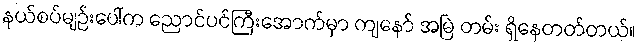
နယ်စပ်မျဉ်းပေါ်က ညောင်ပင်ကြီးအောက်မှာ ကျနော် အမြဲ တမ်း ရှိနေတတ်တယ်။